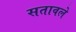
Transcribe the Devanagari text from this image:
सतावले